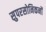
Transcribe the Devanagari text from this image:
सुपरसोनिकनों